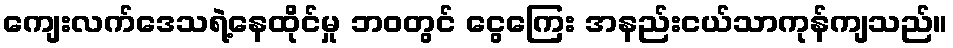
ကျေးလက်ဒေသရဲ့နေထိုင်မှု ဘဝတွင် ငွေကြေး အနည်းငယ်သာကုန်ကျသည်။